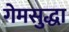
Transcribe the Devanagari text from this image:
गेमसुद्धा